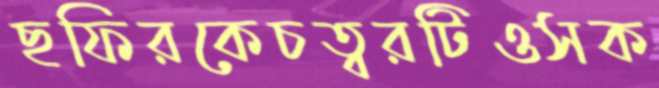
ছফিরকেচত্বরটিওসক